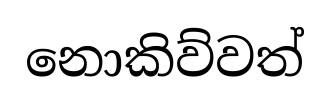
නොකිව්වත්